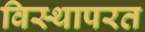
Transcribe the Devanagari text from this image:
विस्थापरत